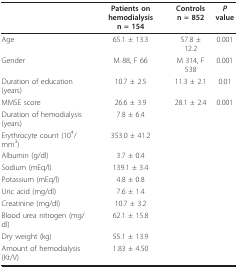
<table><thead><tr><td></td><td><b>Patients on hemodialysisn = 154</b></td><td><b>Controlsn = 852</b></td><td><b><i>P </i>value</b></td></tr></thead><tbody><tr><td>Age</td><td>65.1 ± 13.3</td><td>57.8 ± 12.2</td><td>0.001</td></tr><tr><td>Gender</td><td>M 88, F 66</td><td>M 314, F 538</td><td>0.001</td></tr><tr><td>Duration of education (years)</td><td>10.7 ± 2.5</td><td>11.3 ± 2.1</td><td>0.01</td></tr><tr><td>MMSE score</td><td>26.6 ± 3.9</td><td>28.1 ± 2.4</td><td>0.001</td></tr><tr><td>Duration of hemodialysis (years)</td><td>7.8 ± 6.4</td><td></td><td></td></tr><tr><td>Erythrocyte count (10<sup>4</sup>/mm<sup>3</sup>)</td><td>353.0 ± 41.2</td><td></td><td></td></tr><tr><td>Albumin (g/dl)</td><td>3.7 ± 0.4</td><td></td><td></td></tr><tr><td>Sodium (mEq/l)</td><td>139.1 ± 3.4</td><td></td><td></td></tr><tr><td>Potassium (mEq/l)</td><td>4.8 ± 0.8</td><td></td><td></td></tr><tr><td>Uric acid (mg/dl)</td><td>7.6 ± 1.4</td><td></td><td></td></tr><tr><td>Creatinine (mg/dl)</td><td>10.7 ± 3.2</td><td></td><td></td></tr><tr><td>Blood urea nitrogen (mg/dl)</td><td>62.1 ± 15.8</td><td></td><td></td></tr><tr><td>Dry weight (kg)</td><td>55.1 ± 13.9</td><td></td><td></td></tr><tr><td>Amount of hemodialysis (Kt/V)</td><td>1.83 ± 4.50</td><td></td><td></td></tr></tbody></table>